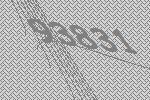
93831